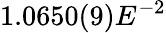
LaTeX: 1.0650(9)E^{-2}